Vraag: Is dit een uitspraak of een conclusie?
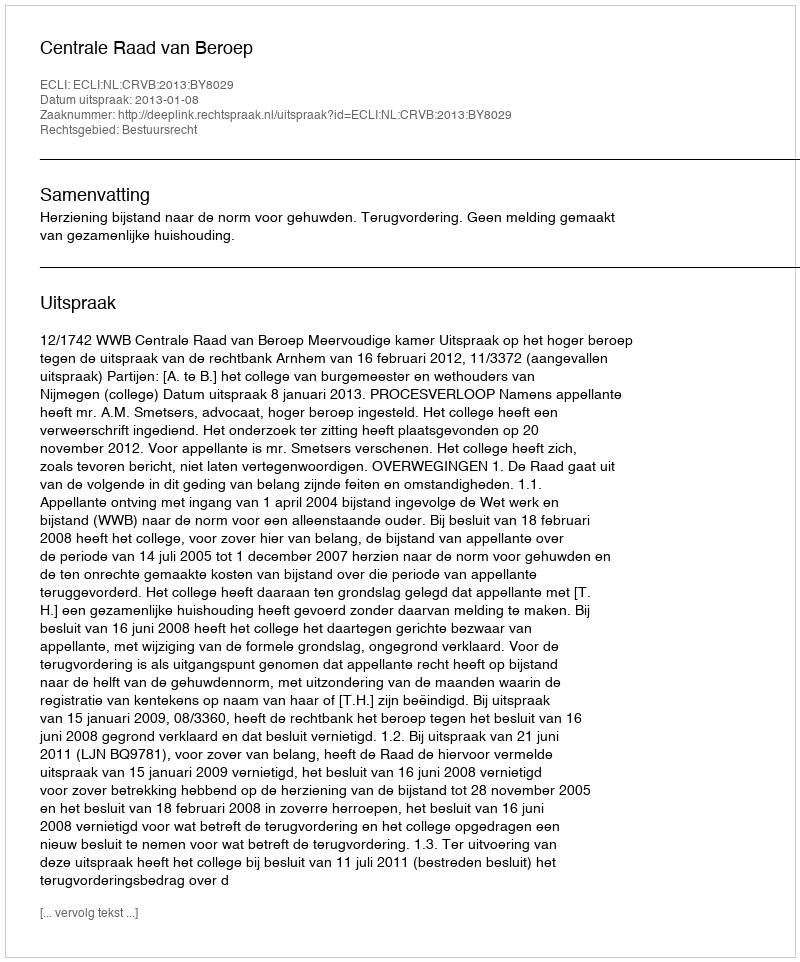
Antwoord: Uitspraak